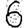
Digit: 6